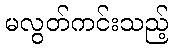
မလွတ်ကင်းသည့်